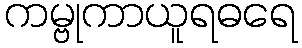
ကမ္ဗုကာယူရဓရေ